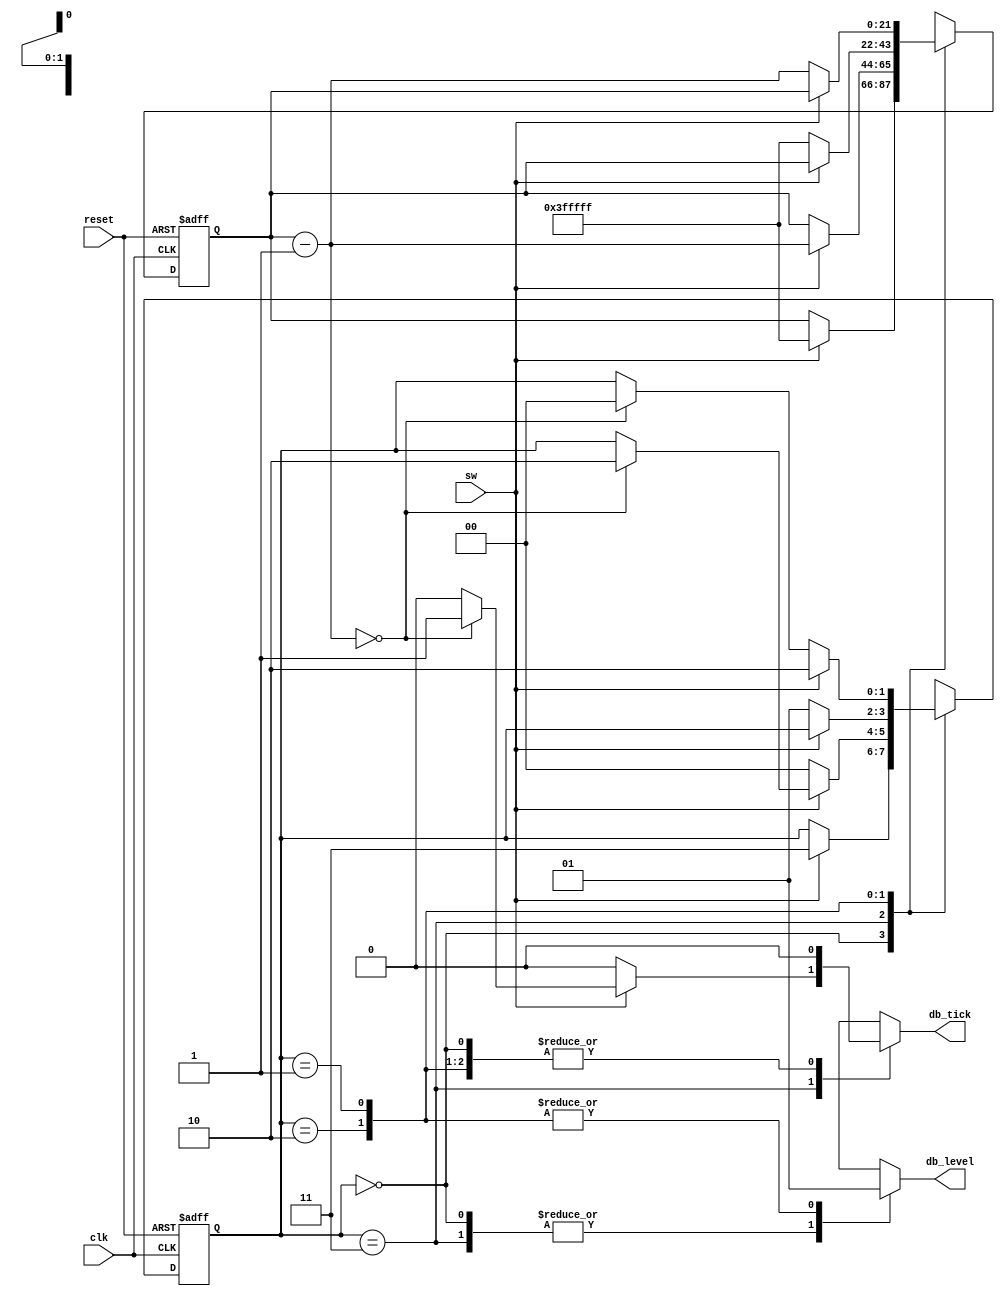
// Debouncing circuit with an implicit data path component

module debounce
    (
     input  wire clk, reset,
     input  wire sw,
     output reg  db_level, db_tick
    );

    // symbolic state declaration
    localparam[1:0]
        zero  = 2'b00,
        wait0 = 2'b01,
        one   = 2'b10,
        wait1 = 2'b11;

    // number of counter bits (2^N * 10 ns = 40 ms)
    localparam N = 22;

    // signal declaration
    reg[N-1:0] q_reg, q_next;
    reg[1:0]   state_reg, state_next;

    // body
    // fsmd state and data registers
    always @(posedge clk, posedge reset)
        if (reset)
            begin
                state_reg <= zero;
                q_reg     <= 0;
            end
        else
            begin
                state_reg <= state_next;
                q_reg     <= q_next;
            end

    // next-state logic and data path functional units/routing
    always @*
    begin
        state_next = state_reg;
        q_next     = q_reg;
        db_tick    = 1'b0;
        case (state_reg)
            zero:
                begin
                    db_level = 1'b0;
                    if (sw)
                        begin
                            state_next = wait1;
                            q_next = {N{1'b1}}; // load 1..1
                        end
                end
            wait1:
                begin
                    db_level = 1'b0;
                    if (sw)
                        begin
                            q_next = q_reg - 1;
                            if (q_next == 0)
                                begin
                                    state_next = one;
                                    db_tick    = 1'b1;
                                end
                        end
                    else // sw == 0
                        state_next = zero;
                end
            one:
                begin
                    db_level = 1'b1;
                    if (~sw)
                        begin
                            state_next = wait0;
                            q_next = {N{1'b1}}; // load 1..1
                        end
                end
            wait0:
                begin
                    db_level = 1'b1;
                    if (~sw)
                        begin
                            q_next = q_reg - 1;
                            if (q_next == 0)
                                state_next = zero;
                        end
                    else  // sw == 1
                        state_next = one;
                 end
           default: state_next = zero;
        endcase
    end

endmodule